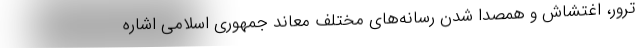
ترور، اغتشاش و همصدا شدن رسانه‌های مختلف معاند جمهوری اسلامی اشاره